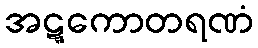
အဋ္ဋကောတရဏံ